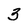
Character: 3